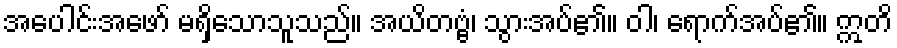
အပေါင်းအဖော် မရှိသောသူသည်။ အယိတဗ္ဗံ၊ သွားအပ်၏။ ဝါ၊ ရောက်အပ်၏။ ဣတိ